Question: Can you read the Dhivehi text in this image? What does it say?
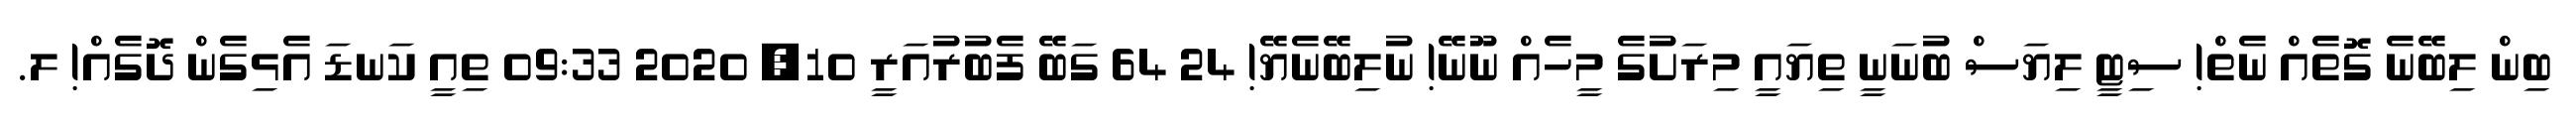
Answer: ބިން ލިބޭނެ ގޮތެއް ނެތް! ސިޓީ ލިޔަސް ބުނަނީ ތިޔައީ މިރަށުގެ މީހެއް ނޫނޭ! ނުލިބޭނެޔޭ! 24 64 ގަބޭ ފެބުރުއަރީ 10, 2020 09:33 ތިއީ ކަނޑަ އެޅިގެން ދޮގެއް! ލ.